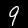
Label: 9